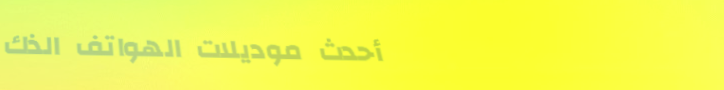
أحدث موديلات الهواتف الذك